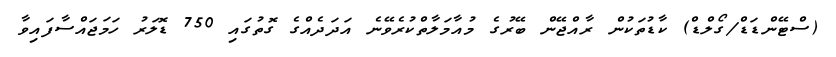
(ސްޓޭންޑަޑް/ގޯލްޑް) ކާޑުތަކުން ރާއްޖޭން ބޭރުގެ މުއާމަލާތްކުރެވޭނެ އަދަދެއްގެ ގޮތުގައި 750 ޑޮލަރު ހަމަޖައްސާފައިވާ